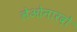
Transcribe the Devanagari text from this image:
लेओनारदो